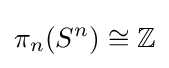
\pi _{n}(S^{n})\cong \mathbb {Z}